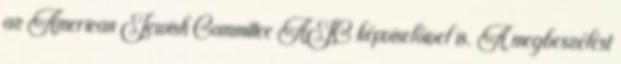
az American Jewish Committee AJC képviselőivel is. A megbeszélést